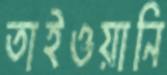
তাইওয়ানি